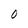
Character: 0